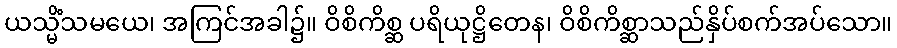
ယသ္မိံသမယေ၊ အကြင်အခါ၌။ ဝိစိကိစ္ဆ ပရိယုဋ္ဌိတေန၊ ဝိစိကိစ္ဆာသည်နှိပ်စက်အပ်သော။